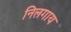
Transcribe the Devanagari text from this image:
निलगाय